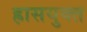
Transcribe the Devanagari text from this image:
ह्रासयुक्त